Vaccination in Bombay 1874-1876 - 1874-1876
Year: 1874
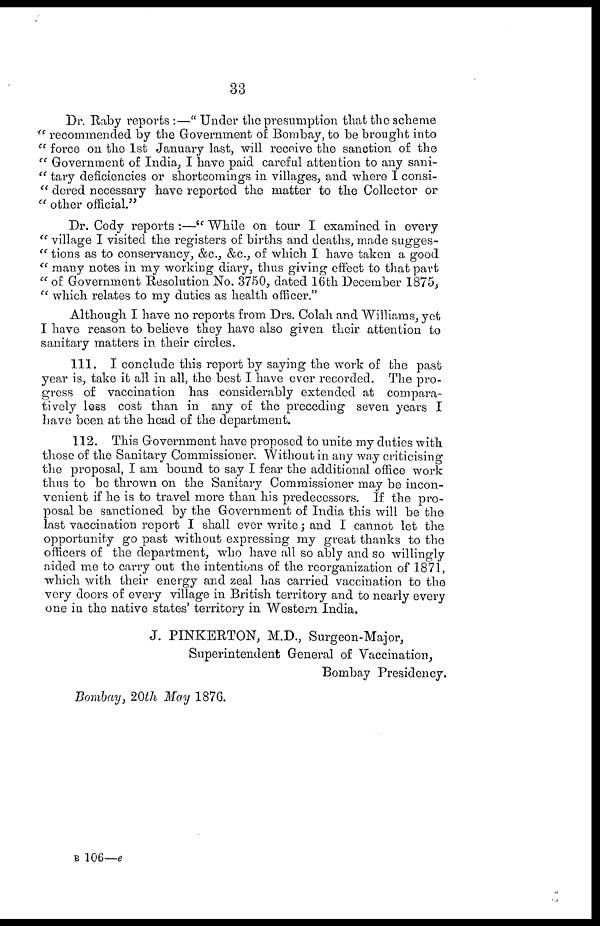
33
Dr. Raby reports :—" Under the presumption that the scheme
" recommended by the Government of Bombay, to be brought into
" force on the 1st January last, will receive the sanction of the
" Government of India, I have paid careful attention to any sani-
" tary deficiencies or shortcomings in villages, and where I consi-
" dered necessary have reported the matter to the Collector or
" other official."
Dr. Cody reports:—" While on tour I examined in every
" village I visited the registers of births and deaths, made sugges-
" tions as to conservancy, &c, &c, of which I have taken a good
" many notes in my working diary, thus giving effect to that part
" of Government Resolution No. 3750, dated 16th December 1875,
" which relates to my duties as health officer."
Although I have no reports from Drs. Colah and Williams, yet
I have reason to believe they have also given their attention to
sanitary matters in their circles.
111. I conclude this report by saying the work of the past
year is, take it all in all, the best I have ever recorded. The pro-
gress of vaccination has considerably extended at compara-
tively less cost than in any of the preceding seven years I
have been at the head of the department.
112. This Government have proposed to unite my duties with
those of the Sanitary Commissioner. Without in any way criticising
the proposal, I am bound to say I fear the additional office work
thus to be thrown on the Sanitary Commissioner may be incon-
venient if he is to travel more than his predecessors. If the pro-
posal be sanctioned by the Government of India this will be the
last vaccination report I shall ever write; and I cannot let the
opportunity go past without expressing my great thanks to the
officers of the department, who have all so ably and so willingly
aided me to carry out the intentions of the reorganization of 1871,
which with their energy and zeal has carried vaccination to the
very doors of every village in British territory and to nearly every
one in the native states' territory in Western India.
J. PINKERTON, M.D., Surgeon-Major,
Superintendent General of Vaccination,
Bombay Presidency.
Bombay, 20th May 1876.
B 106—e